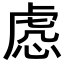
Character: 𧆹